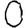
Digit: 0